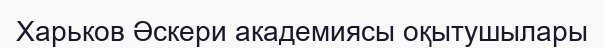
Харьков Әскери академиясы оқытушылары